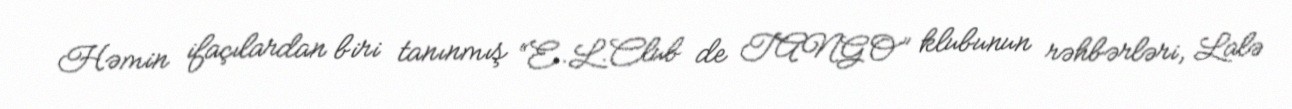
Həmin ifaçılardan biri tanınmış “E.L.Club de TANGO” klubunun rəhbərləri, Lalə